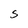
Character: S